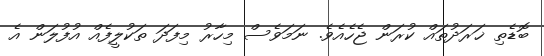
ބޮޑެތި ޚަރަދުތައް ކުރަން ޖެހެއެވެ. ނަމަވެސް މިހާރު މިފަދަ ތަކުލީފެއް އުފުލަން އެ